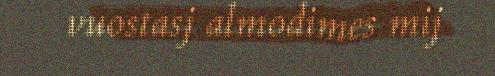
vuostasj almodimes mij